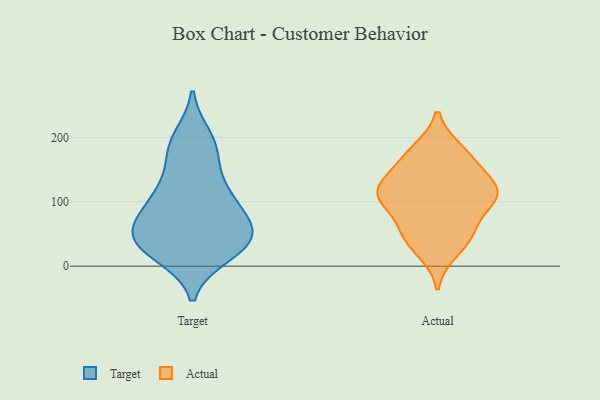
{"axis": {"x": "Operating Costs (USD K)", "y": "Value"}, "legend": ["Actual", "Target"], "data": [{"x": "", "y": 81, "type": "Target"}, {"x": "", "y": 71, "type": "Target"}, {"x": "", "y": 50, "type": "Target"}, {"x": "", "y": 118, "type": "Target"}, {"x": "", "y": 199, "type": "Target"}, {"x": "", "y": 179, "type": "Target"}, {"x": "", "y": 38, "type": "Target"}, {"x": "", "y": 180, "type": "Target"}, {"x": "", "y": 32, "type": "Target"}, {"x": "", "y": 27, "type": "Target"}, {"x": "", "y": 19, "type": "Target"}, {"x": "", "y": 45, "type": "Target"}, {"x": "", "y": 119, "type": "Target"}, {"x": "", "y": 59, "type": "Target"}, {"x": "", "y": 106, "type": "Target"}, {"x": "", "y": 108, "type": "Actual"}, {"x": "", "y": 165, "type": "Actual"}, {"x": "", "y": 111, "type": "Actual"}, {"x": "", "y": 118, "type": "Actual"}, {"x": "", "y": 24, "type": "Actual"}, {"x": "", "y": 102, "type": "Actual"}, {"x": "", "y": 179, "type": "Actual"}, {"x": "", "y": 106, "type": "Actual"}, {"x": "", "y": 172, "type": "Actual"}, {"x": "", "y": 134, "type": "Actual"}, {"x": "", "y": 46, "type": "Actual"}, {"x": "", "y": 54, "type": "Actual"}, {"x": "", "y": 55, "type": "Actual"}, {"x": "", "y": 120, "type": "Actual"}]}